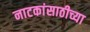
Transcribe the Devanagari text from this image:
नाटकांसाठीच्या